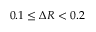
0 . 1 \leq \Delta R < 0 . 2